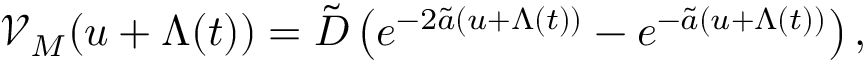
\mathcal { V } _ { M } ( u + \Lambda ( t ) ) = \tilde { D } \left( e ^ { - 2 \tilde { a } ( u + \Lambda ( t ) ) } - e ^ { - \tilde { a } ( u + \Lambda ( t ) ) } \right) ,